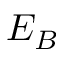
E _ { B }